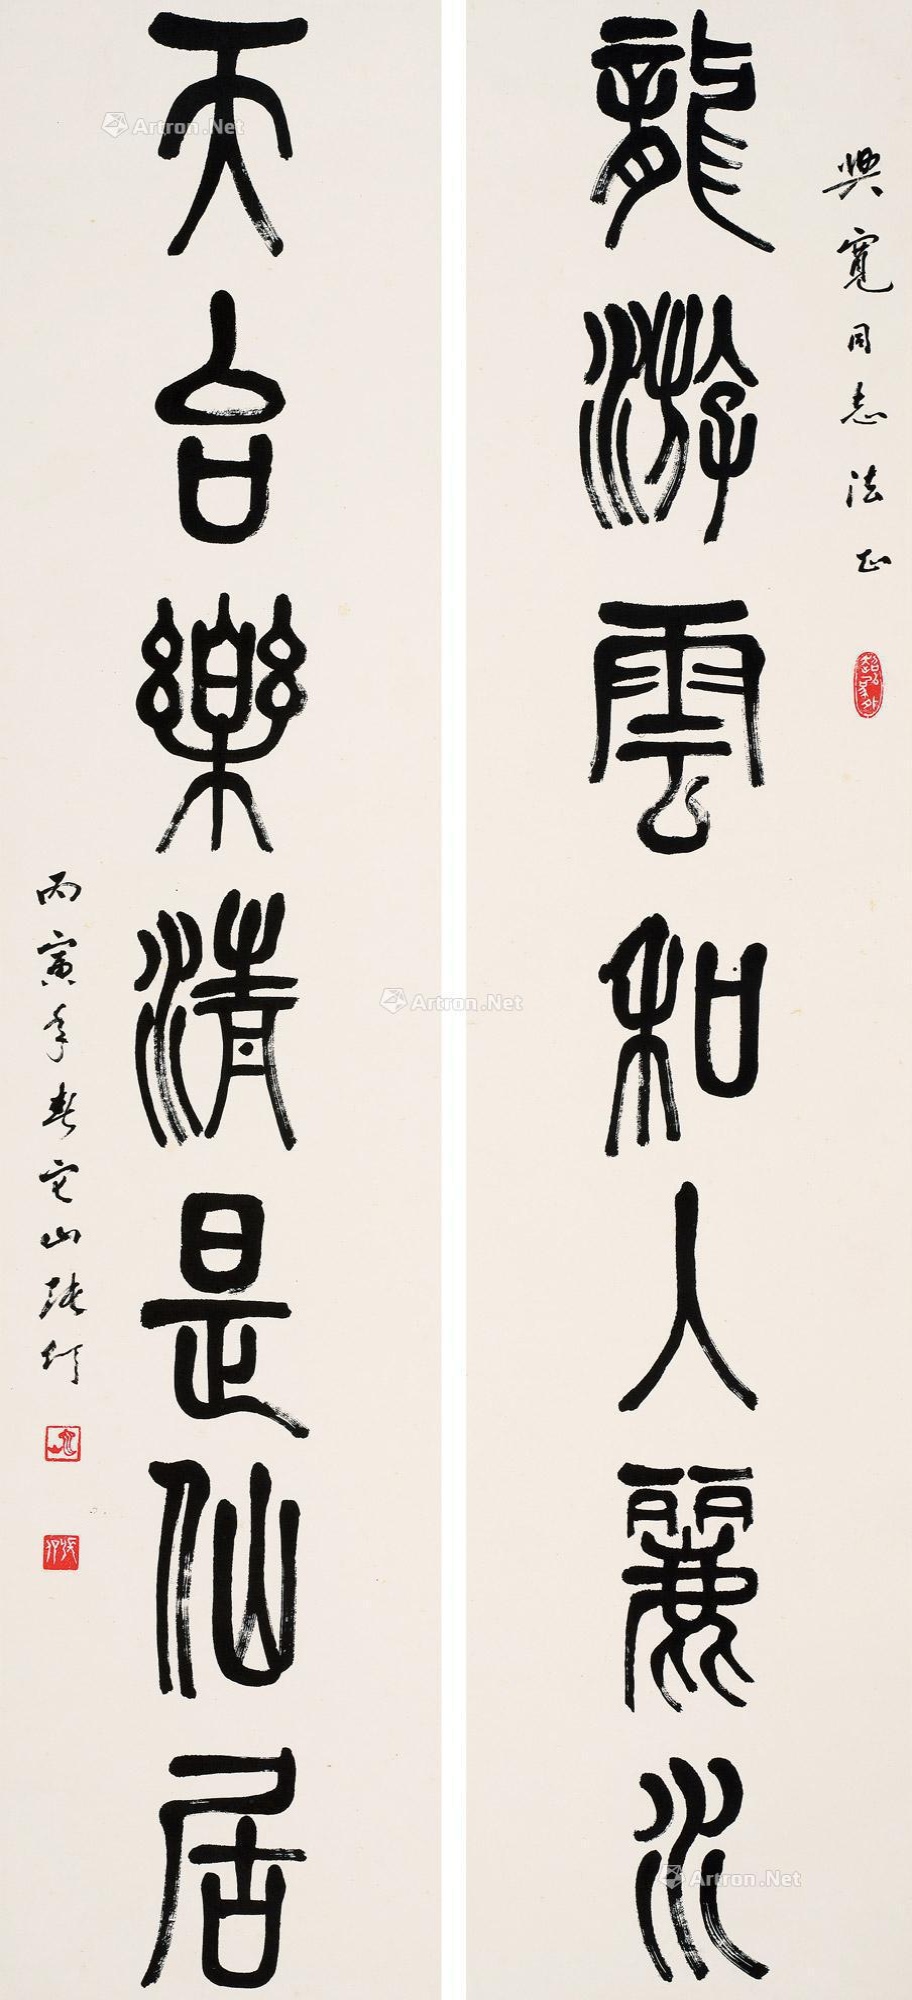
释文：龙游云和入丽水，天台乐清是仙居。兴宽同志法正，丙寅年春它山张仃。